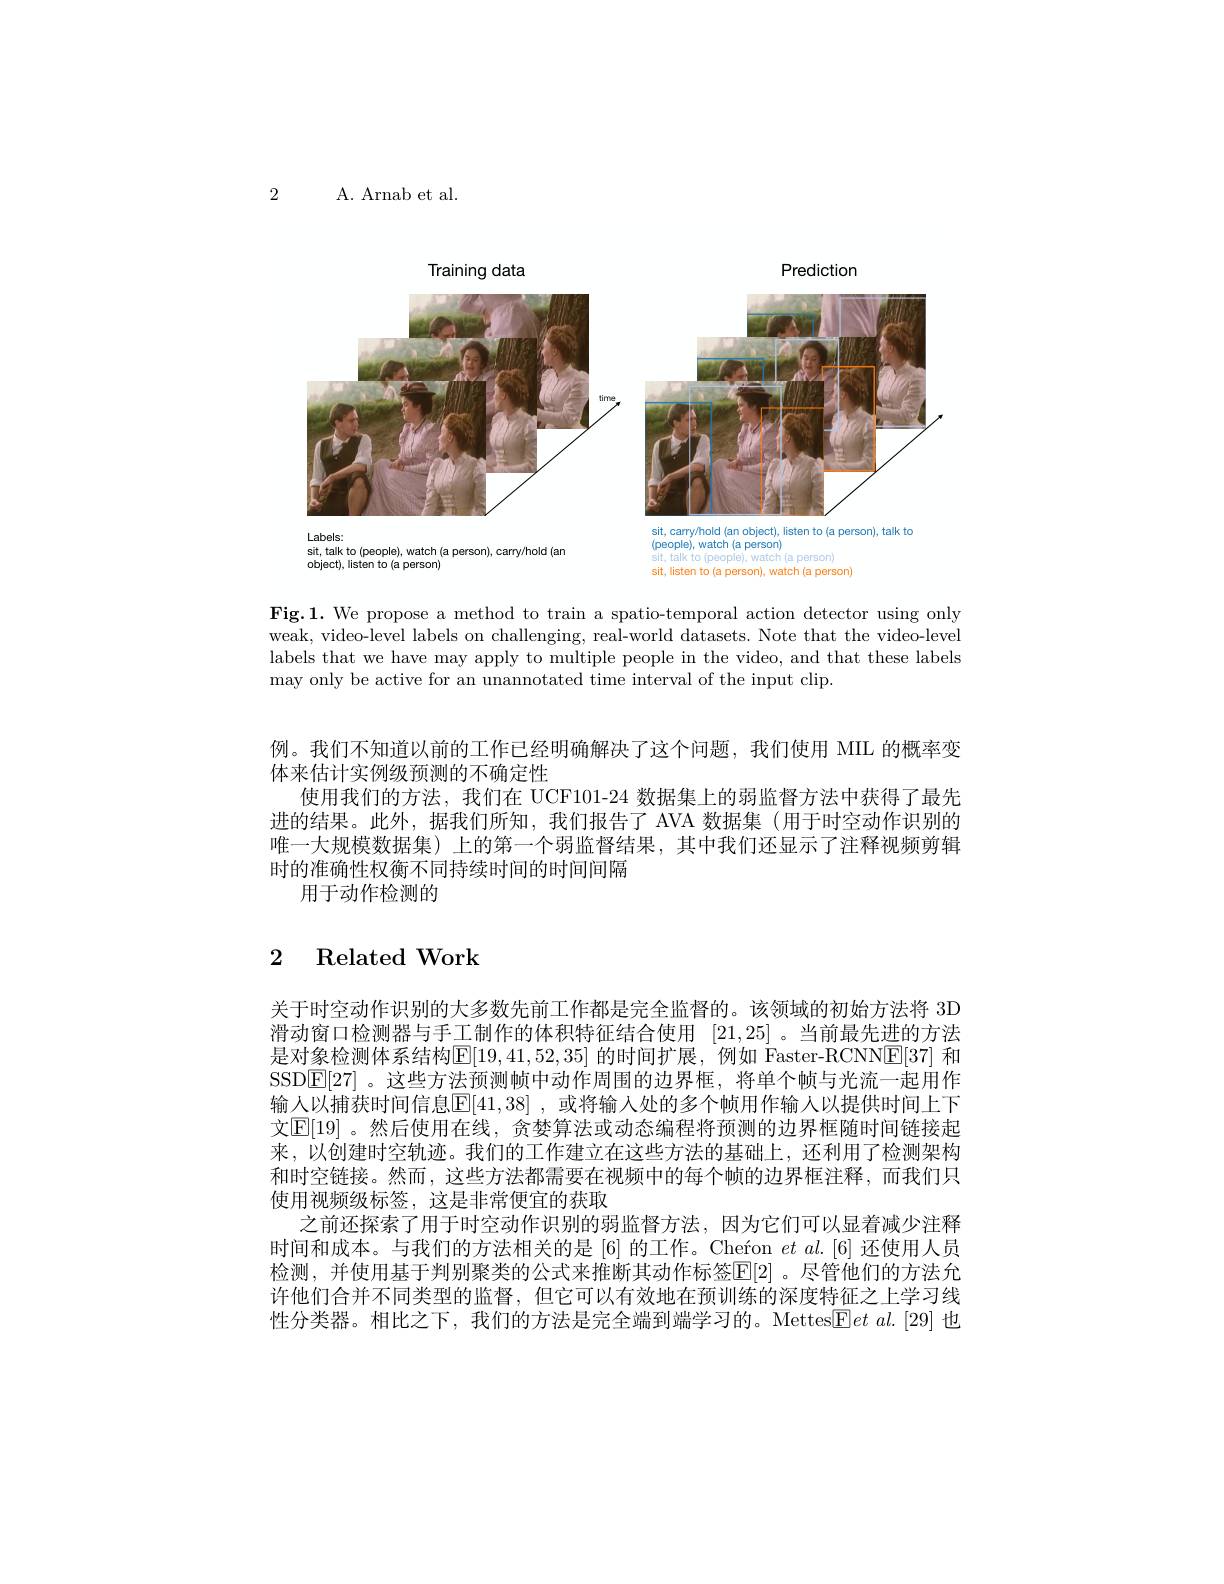
2

A. Arnab et al.

<FigureHere>

Fig.1. We propose a method to train a spatio-temporal action detector using only weak, video-level labels on challenging, real-world datasets. Note that the video-level labels that we have may apply to multiple people in the video, and that these labels may only be active for an unannotated time interval of the input clip.

例。我们不知道以前的工作已经明确解决了这个问题，我们使用 MIL 的概率变
体来估计实例级预测的不确定性
使用我们的方法，我们在 UCF101-24 数据集上的弱监督方法中获得了最先进的结果。此外，据我们所知，我们报告了 AVA 数据集 (用于时空动作识别的唯一大规模数据集) 上的第一个弱监督结果，其中我们还显示了注释视频剪辑时的准确性权衡不同持续时间的时间间隔
用于动作检测的

## 2 Related Work

关于时空动作识别的大多数先前工作都是完全监督的。该领域的初始方法将 3D 滑动窗口检测器与手工制作的体积特征结合使用[21,25] 。当前最先进的方法是对象检测体系结构$\mathbb{E}[19,41,52,35]$ 的时间扩展，例如 Faster-RCNN$\mathbb{E}[37]$ 和SSD$\boxed{\mathbb{E}}[27]$。这些方法预测帧中动作周围的边界框，将单个帧与光流一起用作输人以捕获时间信息$\mathbb{E}[41,38]$ ,或将输入处的多个帧用作输人以提供时间上下文$\boxed{\mathrm{E}}[19]$ 。然后使用在线，贪婪算法或动态编程将预测的边界框随时间链接起来，以创建时空轨迹。我们的工作建立在这些方法的基础上，还利用了检测架构和时空链接。然而，这些方法都需要在视频中的每个帧的边界框注释，而我们只使用视频级标签，这是非常便宜的获取
之前还探索了用于时空动作识别的弱监督方法，因为它们可以显着减少注释时间和成本。与我们的方法相关的是 [6] 的工作。Cheron $et$ al.[6] 还使用人员检测，并使用基于判别聚类的公式来推断其动作标签$\mathbb{E}[2]$ 。尽管他们的方法允许他们合并不同类型的监督，但它可以有效地在预训练的深度特征之上学习线性分类器。相比之下，我们的方法是完全端到端学习的。Mettes$\boxed{\mathrm{F}}etal.$[29]也